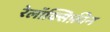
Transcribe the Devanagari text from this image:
रेलॉक्सिफ़ीन